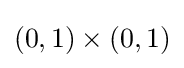
(0,1)\times (0,1)